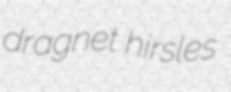
dragnet hirsles